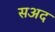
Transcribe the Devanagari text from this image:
सअद